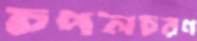
চপলচরণ